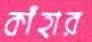
কাঁহার